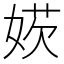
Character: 𡞁